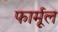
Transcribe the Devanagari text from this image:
फार्मूल